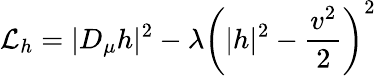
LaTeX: {\mathcal{L}}_{h}=|D_{\mu}h|^{2}-\lambda\left(|h|^{2}-{\frac{v^{2}}{2}}\right)^{2}